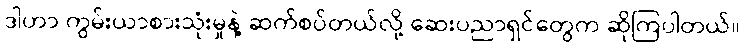
ဒါဟာ ကွမ်းယာစားသုံးမှုနဲ့ ဆက်စပ်တယ်လို့ ဆေးပညာရှင်တွေက ဆိုကြပါတယ်။